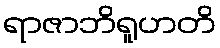
ရာဇာဘိရူဟတိ